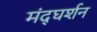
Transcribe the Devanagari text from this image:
मंद्घर्शन